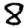
Digit: 8